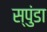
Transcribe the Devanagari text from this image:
स्पुंडा